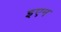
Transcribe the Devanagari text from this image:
इएन